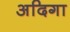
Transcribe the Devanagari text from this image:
अदिगा